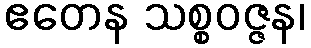
ဧတေန သစ္စဝဇ္ဇန၊